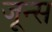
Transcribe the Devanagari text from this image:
जून्स